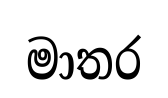
මාතර